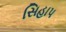
સિહાપ